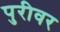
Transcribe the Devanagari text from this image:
पुरीवर